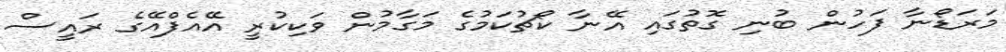
މަރަޑޯނާ ފަހުން ބުނި ގޮތުގައި އޭނާ ކޯޗުކަމުގެ މަގާމުން ވަކިކުރީ އޭއެފްއޭގެ ރައީސް